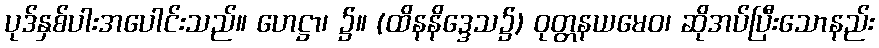
ပုဒ်နှစ်ပါးအပေါင်းသည်။ ဟေဋ္ဌာ၊ ၌။ (ထိနနိဒ္ဒေသ၌) ဝုတ္တနယမေဝ၊ ဆိုအပ်ပြီးသောနည်း